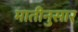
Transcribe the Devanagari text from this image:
मातीनुसार